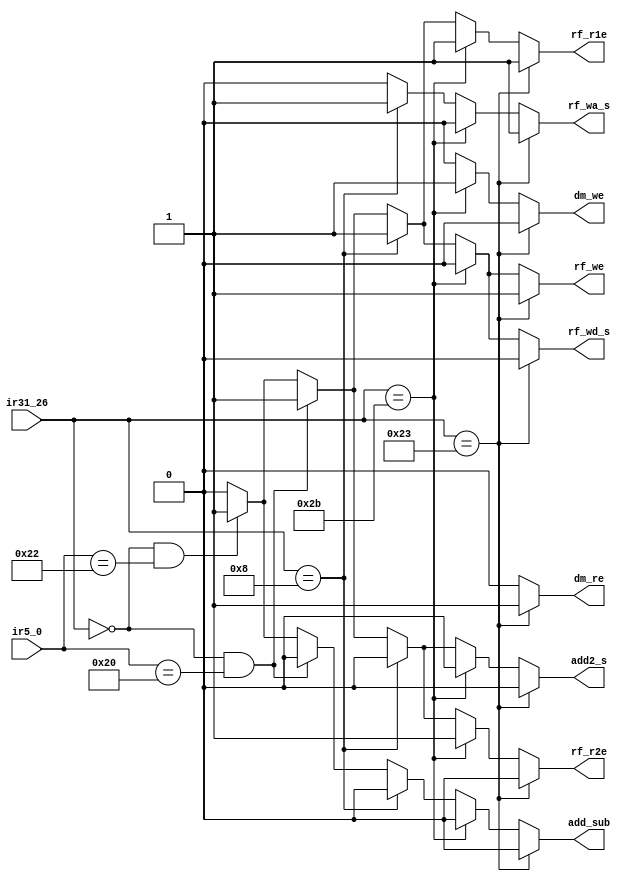
`timescale 1ns / 1ps
module mipszy_ctrl(ir31_26, ir5_0,
                   rf_wd_s, rf_wa_s, rf_we, rf_r1e, rf_r2e,
                   add2_s,
                   dm_we, dm_re,add_sub);    

   input [5:0] ir31_26, ir5_0;
   output reg rf_wd_s, rf_wa_s, rf_we, rf_r1e, rf_r2e;
   output reg add2_s;
   output reg dm_we, dm_re;
	output reg add_sub;

   always @* begin
      if (ir31_26 == 'b100011) begin // lw
         rf_wd_s = 0;
         rf_wa_s = 1;
         rf_we = 1;
         rf_r1e = 1;
         rf_r2e = 0;
         add2_s = 0;
         dm_we = 0;
         dm_re = 1;  
			add_sub = 0;
      end
      else if (ir31_26 == 'b101011) begin // sw
         rf_wd_s = 0;
         rf_wa_s = 0;
         rf_we = 0;
         rf_r1e = 1;
         rf_r2e = 1;
         add2_s = 0;
         dm_we = 1;
         dm_re = 0;
			add_sub = 0;			
      end
      else if (ir31_26 == 'b001000) begin // addi
         rf_wd_s = 1;
         rf_wa_s = 1;
         rf_we = 1;
         rf_r1e = 1;
         rf_r2e = 0;
         add2_s = 0;
         dm_we = 0;
         dm_re = 0;  
			add_sub = 0;			
      end
      else if (ir31_26 == 'b000000 &&
               ir5_0   == 'b100000) begin // add
         rf_wd_s = 1;
         rf_wa_s = 0;
         rf_we = 1;
         rf_r1e = 1;
         rf_r2e = 1;
         add2_s = 1;
         dm_we = 0;
         dm_re = 0;  
			add_sub = 0;			
      end
      else if (ir31_26 == 'b000000 &&
               ir5_0   == 'b100010) begin // sub
         rf_wd_s = 1;
         rf_wa_s = 0;
         rf_we = 1;
         rf_r1e = 1;
         rf_r2e = 1;
         add2_s = 1;
         dm_we = 0;
         dm_re = 0;  
			add_sub = 1;			
      end	
		
      else begin
         rf_wd_s = 0;
         rf_wa_s = 0;
         rf_we = 0;
         rf_r1e = 0;
         rf_r2e = 0;
         add2_s = 0;
         dm_we = 0;
         dm_re = 0;
			add_sub = 0;
      end
   end
endmodule